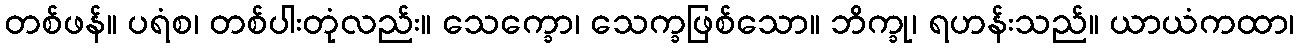
တစ်ဖန်။ ပရံစ၊ တစ်ပါးတုံလည်း။ သေက္ခော၊ သေက္ခဖြစ်သော။ ဘိက္ခု၊ ရဟန်းသည်။ ယာယံကထာ၊